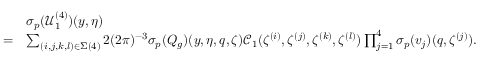
\begin{array} { r l } & { { { \sigma _ { p } } } ( \mathcal { U } _ { 1 } ^ { ( 4 ) } ) ( y , \eta ) } \\ { = } & { \sum _ { ( i , j , k , l ) \in \Sigma ( 4 ) } 2 ( 2 \pi ) ^ { - 3 } { { \sigma _ { p } } } ( Q _ { g } ) ( y , \eta , q , \zeta ) \mathcal { C } _ { 1 } ( \zeta ^ { ( i ) } , \zeta ^ { ( j ) } , \zeta ^ { ( k ) } , \zeta ^ { ( l ) } ) \prod _ { j = 1 } ^ { 4 } { { \sigma _ { p } } } ( v _ { j } ) ( q , \zeta ^ { ( j ) } ) . } \end{array}